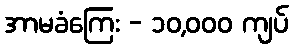
အာမခံကြေး - ၁၀,၀၀၀ ကျပ်